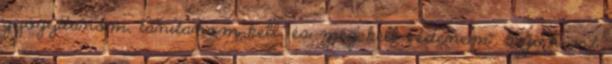
gyógyítanom, tanítanom kell, és meg kell védenem". Vajon azt